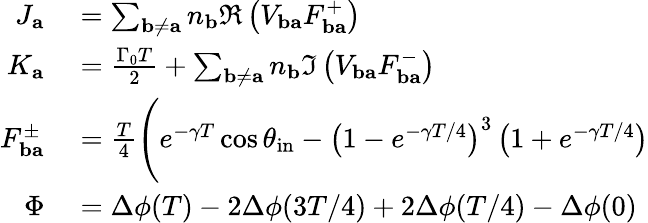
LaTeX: \begin{array}{rl}{J_{\mathbf{a}}}&{{}=\sum_{\mathbf{b}\neq\mathbf{a}}n_{\mathbf{b}}\Re\left(V_{\mathbf{ba}}F_{\mathbf{ba}}^{+}\right)}\\ {K_{\mathbf{a}}}&{{}=\frac{\Gamma_{0}T}{2}+\sum_{\mathbf{b}\neq\mathbf{a}}n_{\mathbf{b}}\Im\left(V_{\mathbf{ba}}F_{\mathbf{ba}}^{-}\right)}\\ {F_{\mathbf{ba}}^{\pm}}&{{}=\frac{T}{4}\boldsymbol{\Bigg(}e^{-\gamma T}\cos\theta_{\mathrm{in}}-\left(1-e^{-\gamma T/4}\right)^{3}\left(1+e^{-\gamma T/4}\right)}\\ {\Phi}&{{}=\Delta\phi(T)-2\Delta\phi(3T/4)+2\Delta\phi(T/4)-\Delta\phi(0)}\end{array}